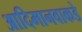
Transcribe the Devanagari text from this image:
आदिमानवाकडे